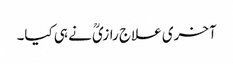
آخری علاج رازیؒ نے ہی کیا۔